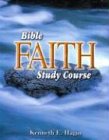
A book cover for Bible Faith Study Course; Kenneth E. Hagin; Science & Math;